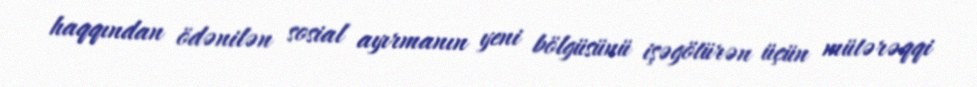
haqqından ödənilən sosial ayırmanın yeni bölgüsünü işəgötürən üçün mütərəqqi